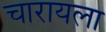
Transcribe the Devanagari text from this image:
चारायला